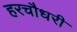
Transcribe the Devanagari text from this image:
हरचौधरी